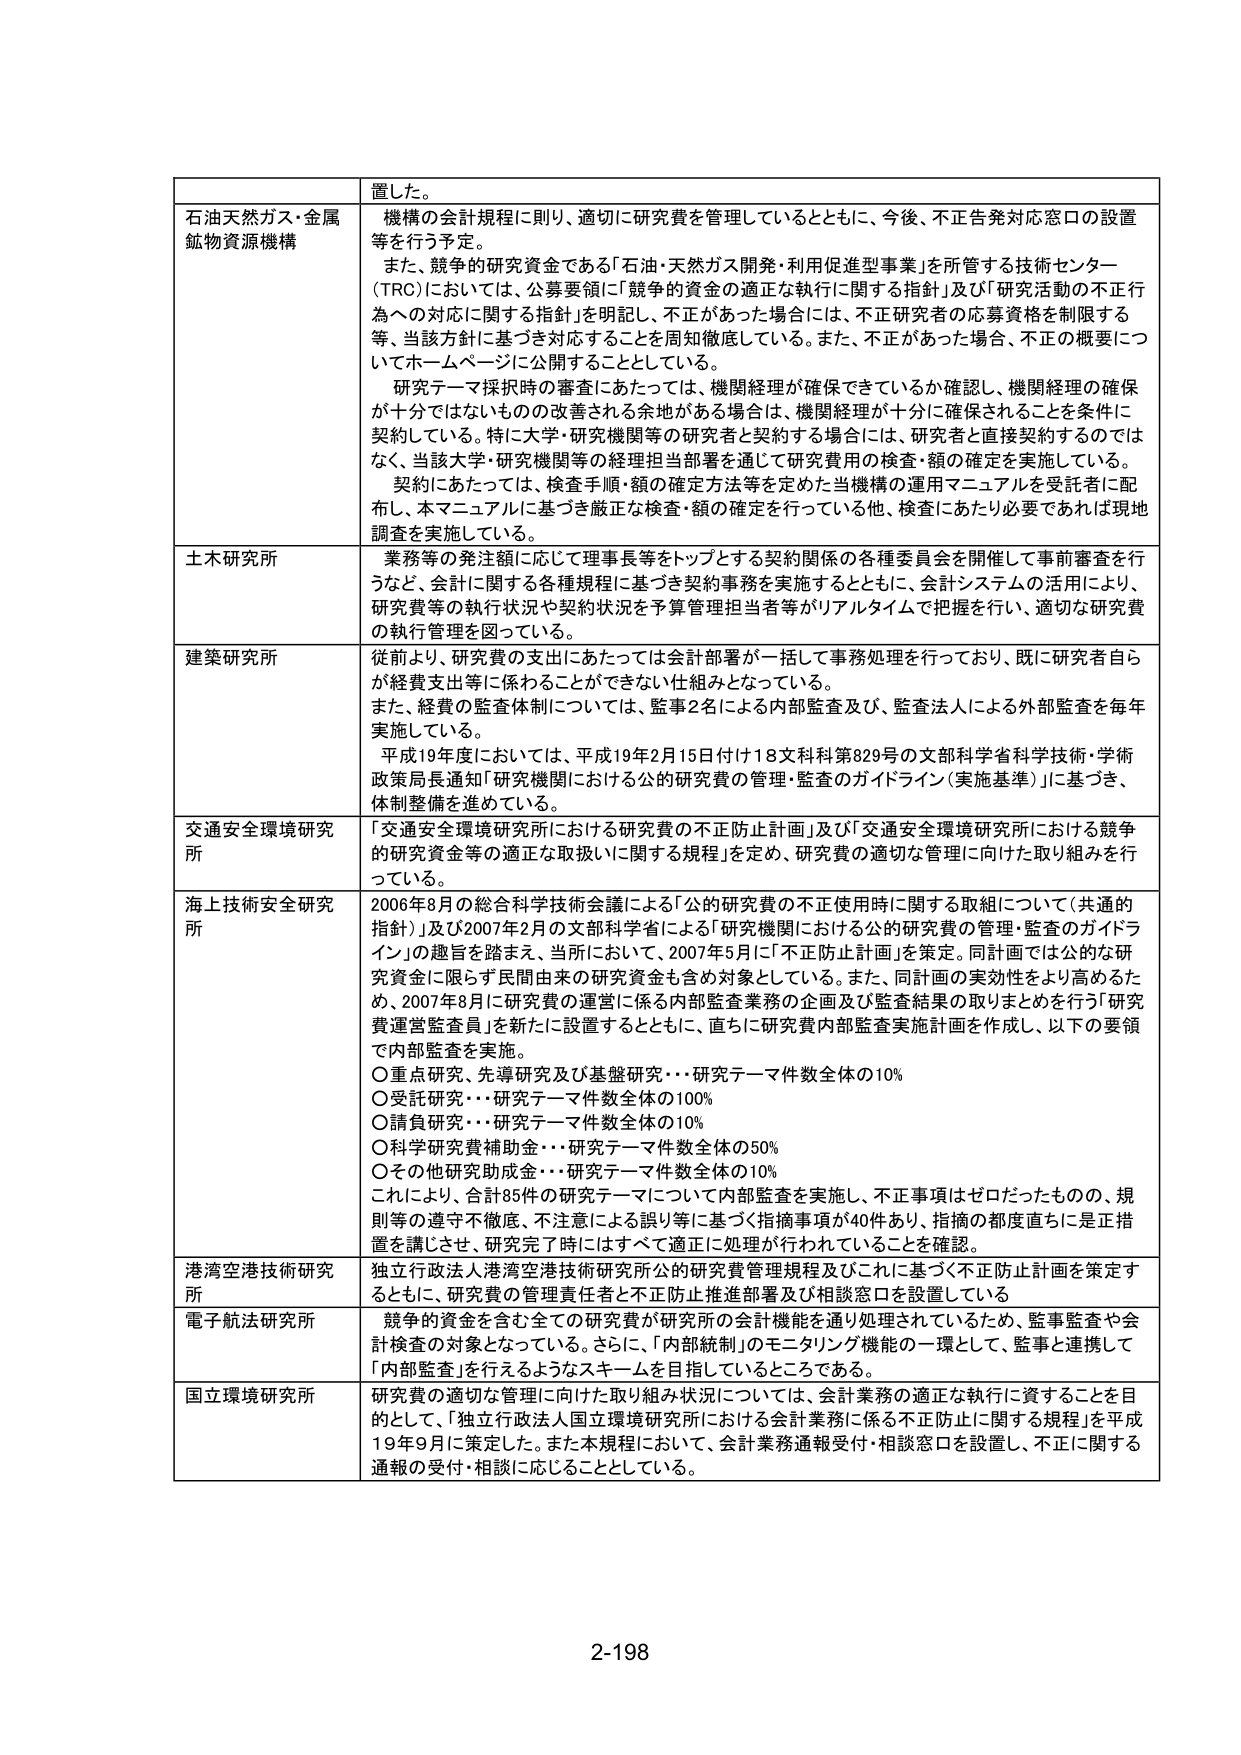
置した。

石油天然ガス・金属鉱物資源機構
機構の会計規程に則り、適切に研究費を管理しているとともに、今後、不正告発対応窓口の設置等を行う予定。
また、競争的研究資金である「石油・天然ガス開発・利用促進型事業」を所管する技術センター（TRC）においては、公募要領に「競争的資金の適正な執行に関する指針」及び「研究活動の不正行為への対応に関する指針」を明記し、不正があった場合には、不正研究者の応募資格を制限する等、当該方針に基づき対応することを周知徹底している。また、不正があった場合、不正の概要についてホームページに公開することとしている。
研究テーマ採択時の審査にあたっては、機関経理が確保できているか確認し、機関経理の確保が十分ではないもののが改善される余地がある場合には、機関経理が十分に確保されることを条件に契約している。特に大学・研究機関等の研究者と契約する場合には、研究者と直接契約するのではなく、当該大学・研究機関等の経理担当部署を通じて研究費用の検査・額の確定を実施している。
契約にあたっては、検査手順・額の確定方法等を定めた当機構の運用マニュアルを受託者に配布し、本マニュアルに基づき厳正な検査・額の確定を行っている他、検査にあたり必要であれば現地調査を実施している。

土木研究所
業務等の発注額に応じて理事長等をトップとする契約関係の各種委員会を開催して事前審査を行うなど、会計に関する各種規程に基づき契約事務を実施するとともに、会計システムの活用により、研究費等の執行状況や契約状況を予算管理担当者等がリアルタイムで把握を行い、適切な研究費の執行管理を図っている。

建築研究所
従前より、研究費の支出にあたっては会計部署が一括して事務処理を行っており、既に研究者自らが経費支出等に係わることができない仕組みとなっている。
また、経費の監査体制については、監事2名による内部監査及び、監査法人による外部監査を毎年実施している。
平成19年度においては、平成19年2月15日付け18文科科第829号の文部科学省科学技術・学術政策局長通知「研究機関における公的研究費の管理・監査のガイドライン（実施基準）」に基づき、体制整備を進めている。

交通安全環境研究所
「交通安全環境研究所における研究費の不正防止計画」及び「交通安全環境研究所における競争的研究資金等の適正な取扱いに関する規程」を定め、研究費の適切な管理に向けた取り組みを行っている。

海上技術安全研究所
2006年8月の総合科学技術会議による「公的研究費の不正使用時に関する取組について（共通的指針）」及び2007年2月の文部科学省による「研究機関における公的研究費の管理・監査のガイドライン」の趣旨を踏まえ、当所において、2007年5月に「不正防止計画」を策定。同計画では公的研究資金に限らず民間由来の研究資金も含め対象としている。また、同計画の実効性をより高めるため、2007年8月に研究費の運営に係る内部監査業務の企画及び監査結果の取りまとめを行う「研究費運営監査員」を新たに設置するとともに、直ちに研究費内部監査実施計画を作成し、以下の要領で内部監査を実施。
〇重点研究、先導研究及び基盤研究・・・研究テーマ件数全体の10%
〇受託研究・・・研究テーマ件数全体の100%
〇請負研究・・・研究テーマ件数全体の10%
〇科学研究費補助金・・・研究テーマ件数全体の50%
〇その他研究助成金・・・研究テーマ件数全体の10%
これにより、合計85件の研究テーマについて内部監査を実施し、不正事項はゼロだったものの、規則等の遵守不徹底、不注意による誤り等に基づく指摘事項が40件あり、指摘の都度直ちに是正措置を講じさせ、研究完了時にはすべて適切に処理が行われていることを確認。

港湾空港技術研究所
独立行政法人港湾空港技術研究所公的研究費管理規程及びこれに基づく不正防止計画を策定するとともに、研究費の管理責任者と不正防止推進部署及び相談窓口を設置している

電子航法研究所
競争的資金を含む全ての研究費が研究所の会計機能を通り処理されているため、監事監査や会計検査の対象となっている。さらに、「内部統制」のモニタリング機能の一環として、監事と連携して「内部監査」を行うえるようなスキームを目指しているところである。

国立環境研究所
研究費の適切な管理に向けた取り組み状況については、会計業務の適正な執行に資することを目的として、「独立行政法人国立環境研究所における会計業務に係る不正防止に関する規程」を平成19年9月に策定した。また本規程において、会計業務通報受付・相談窓口を設置し、不正に関する通報の受付・相談に応じることとしている。

2-198